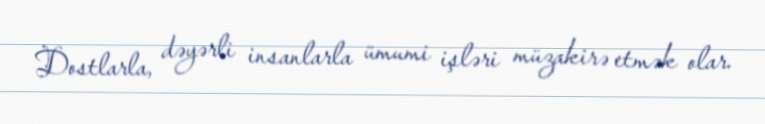
Dostlarla, dəyərli insanlarla ümumi işləri müzakirə etmək olar.